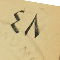
٤٨